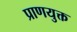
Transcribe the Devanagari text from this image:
प्राणयुक्त